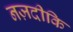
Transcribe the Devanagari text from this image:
नज़दीकि